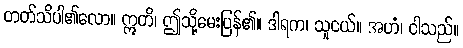
တတ်သိပါ၏လော။ ဣတိ၊ ဤသို့မေးပြန်၏။ ဒါရက၊ သူငယ်။ အဟံ၊ ငါသည်။